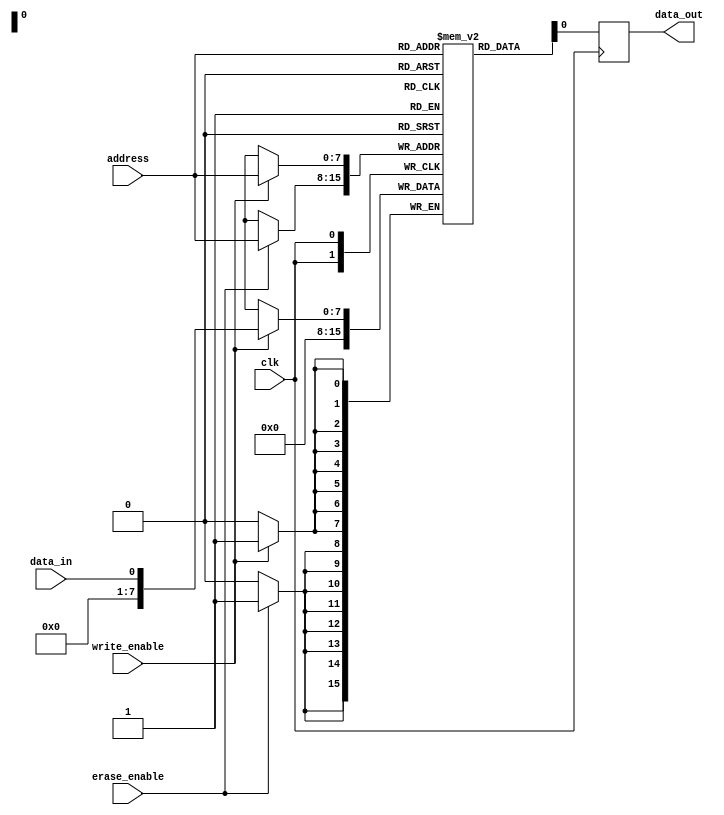
module eprom (
    input wire clk,
    input wire write_enable,
    input wire erase_enable,
    input wire [7:0] address,
    input wire data_in,
    output reg data_out
);

reg [7:0] memory [0:255]; // Array of memory cells

always @(posedge clk) begin
    if (write_enable) // Write data to memory cell
        memory[address] <= data_in;
    
    if (erase_enable) // Erase data from memory cell
        memory[address] <= 8'b0;
    
    data_out <= memory[address];
end

endmodule